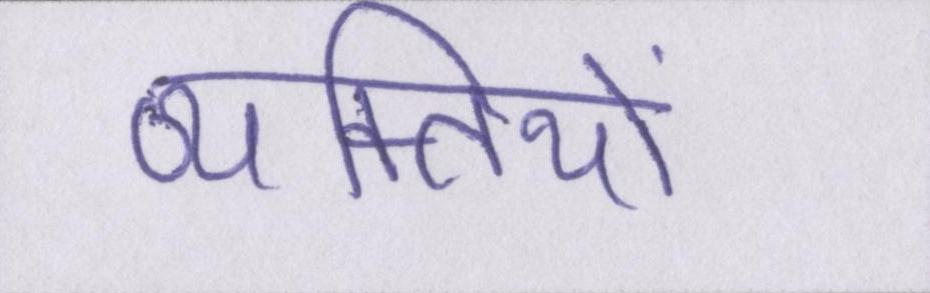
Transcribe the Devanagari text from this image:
व्यक्तियों